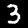
Digit: 3